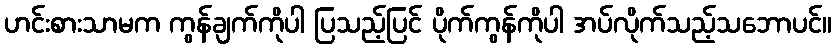
ဟင်းစားသာမက ကွန်ချက်ကိုပါ ပြသည့်ပြင် ပိုက်ကွန်ကိုပါ အပ်လိုက်သည့်သဘောပင်။